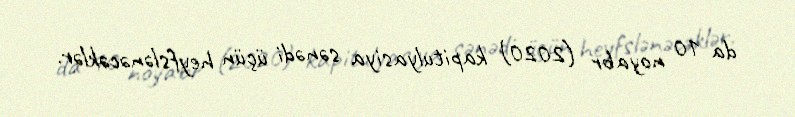
da 10 noyabr (2020) kapitulyasiya sənədi üçün heyfslənəcəklər.